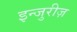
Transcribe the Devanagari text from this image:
इन्जुरीज़